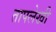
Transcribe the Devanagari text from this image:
तापलेखी